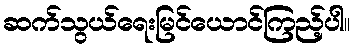
ဆက်သွယ်ရေးမြင်ယောင်ကြည့်ပါ။